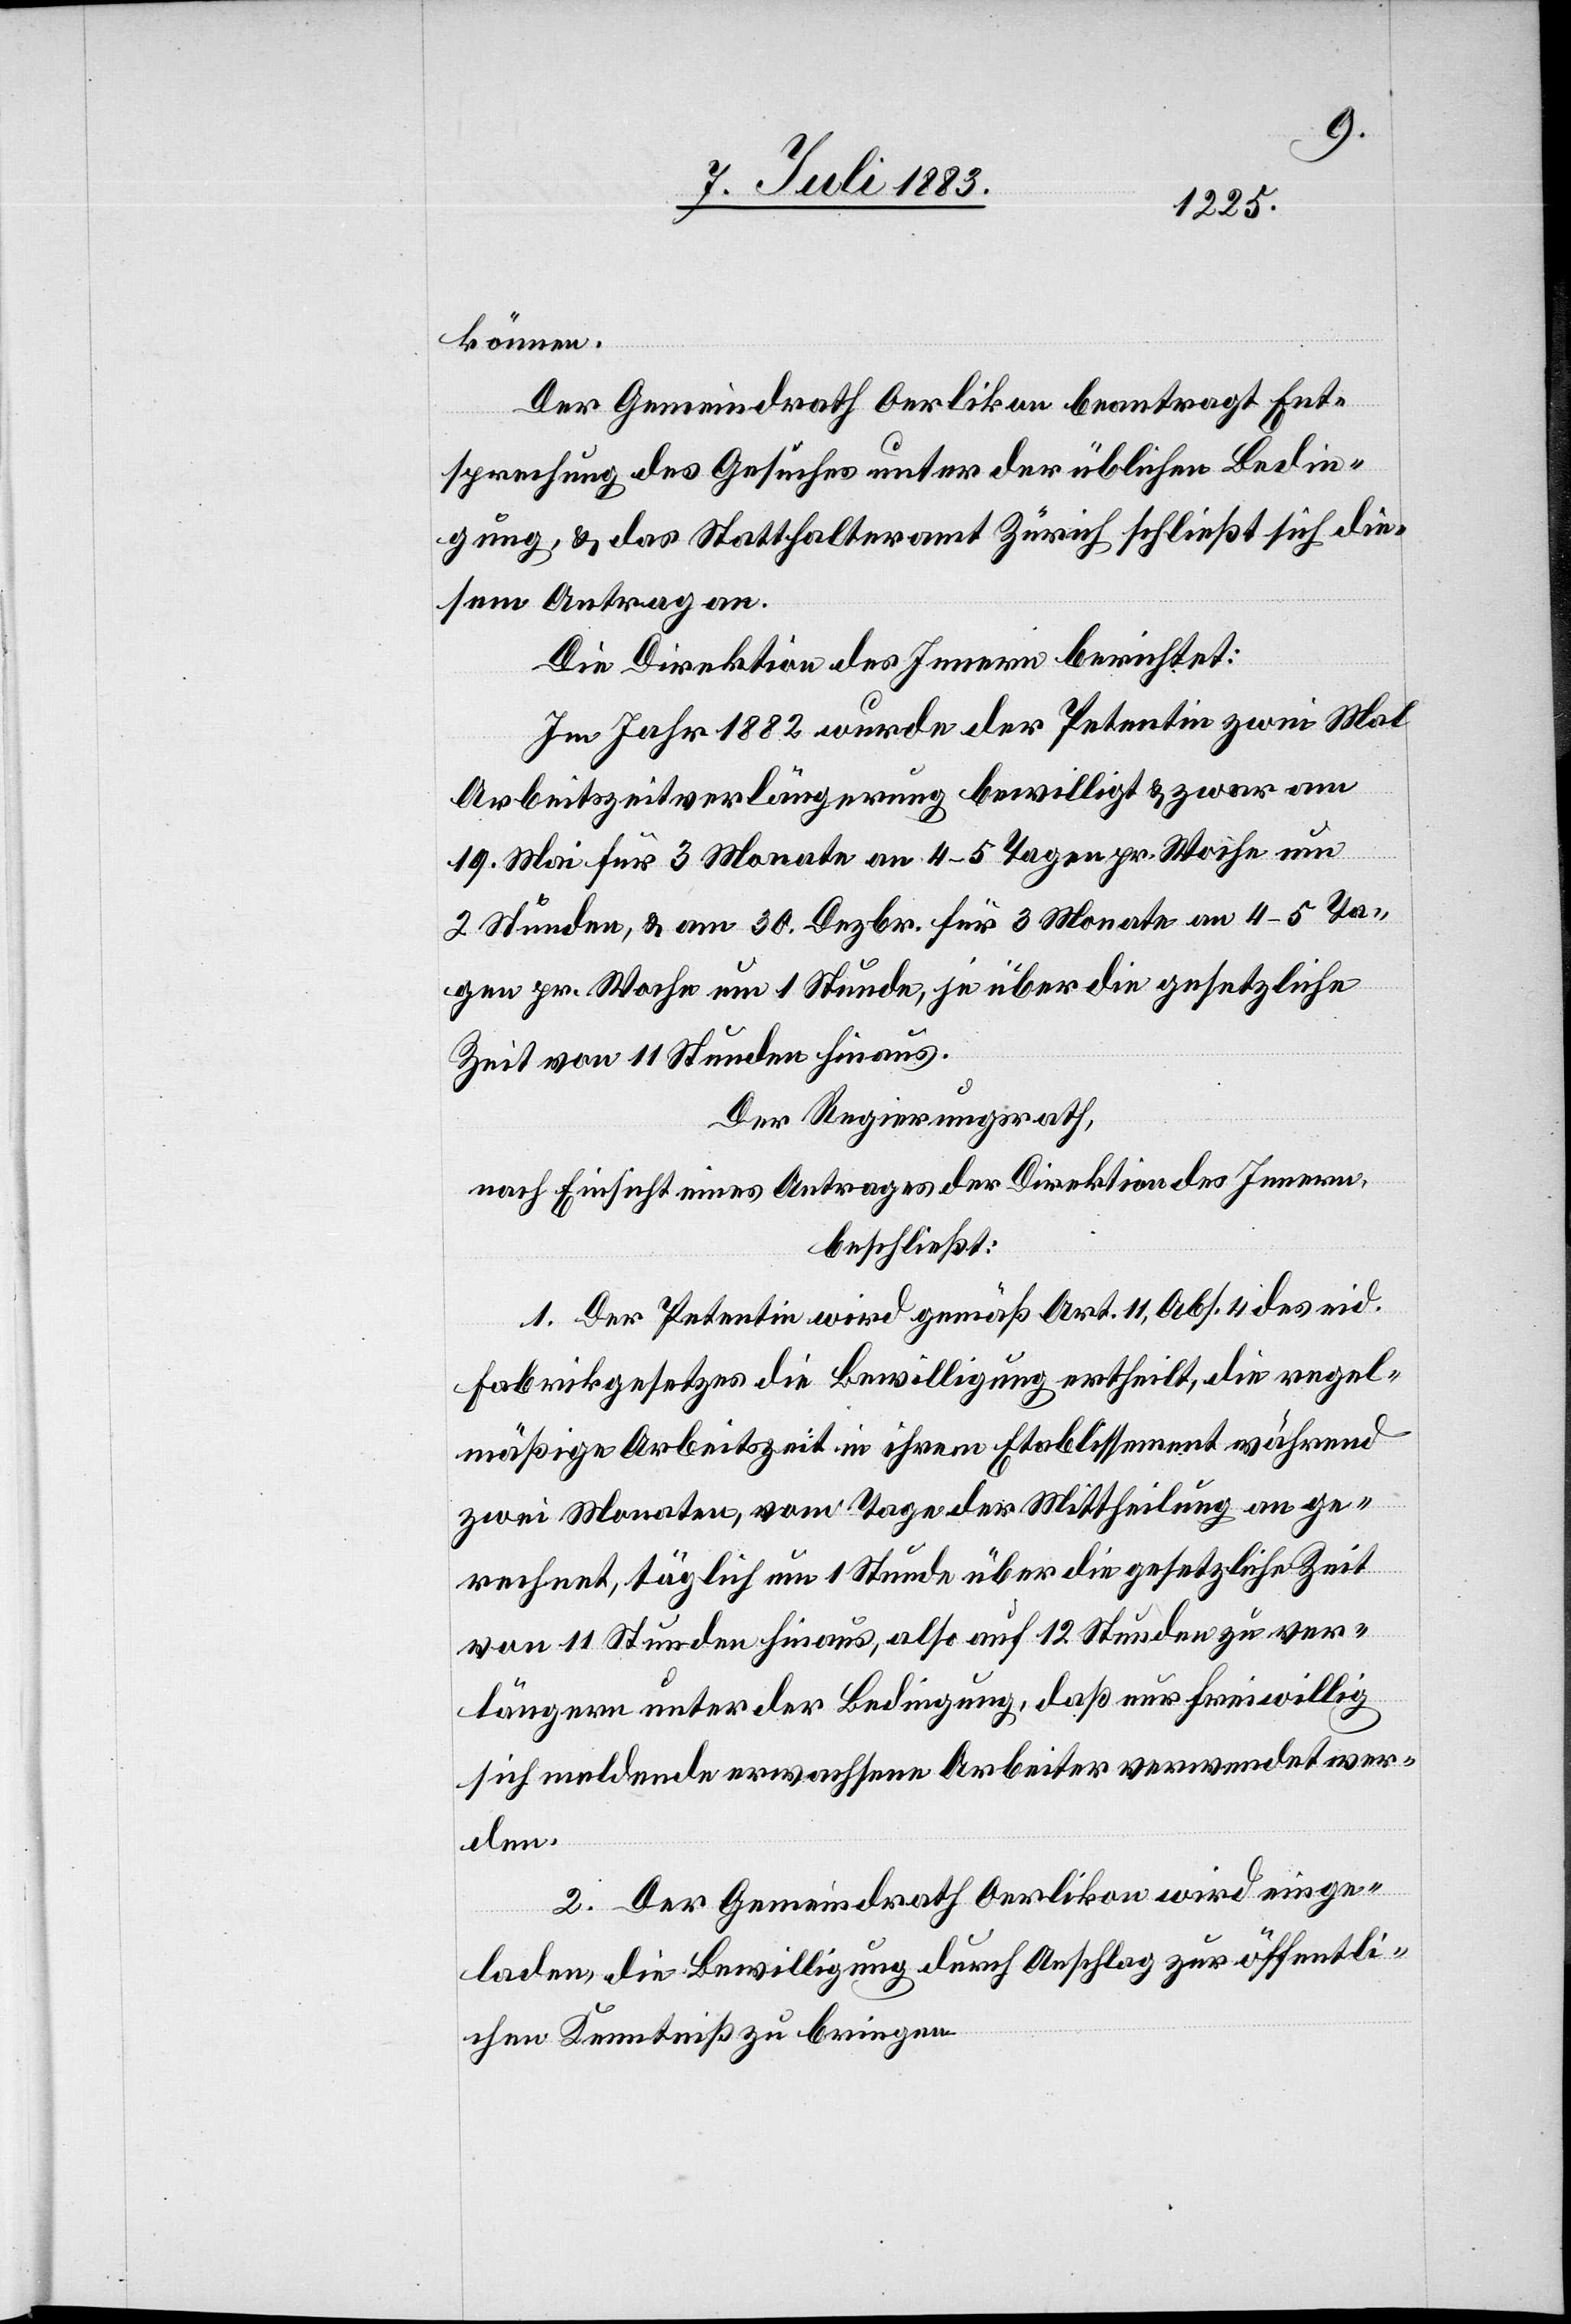
können.
Der Gemeindrath Oerlikon beantragt Ent¬
sprechung des Gesuches unter der üblichen Bedin¬
gung, & das Statthalteramt Zürich schließt sich die¬
sem Antrage an.
Die Direktion des Innern berichtet:
Im Jahr 1882 wurde der Petentin zwei Mal
Arbeitszeitverlängerung bewilligt & zwar am
19. Mai für 3 Monate an 4–5 Tagen pr. Woche um
2 Stunden, & am 30. Dezbr. für 3 Monate an 4–5 Ta¬
gen pr. Woche um 1 Stunde, je über die gesetzliche
Zeit von 11 Stunden hinaus.
Der Regierungsrath,
nach Einsicht eines Antrages der Direktion des Innern,
beschließt:
1. Der Petentin wird gemäß Art. 11, Abs. 4 des eid.
Fabrikgesetzes die Bewilligung ertheilt, die regel¬
mäßige Arbeitszeit in ihrem Etablissement während
zwei Monaten, vom Tage der Mittheilung an ge¬
rechnet, täglich um 1 Stunde über die gesetzliche Zeit
von 11 Stunden hinaus, also auf 12 Stunden zu ver¬
längern, unter der Bedingung, daß nur freiwillig
sich meldende erwachsene Arbeiter verwendet wer¬
den.
2. Der Gemeindrath Oerlikon wird einge¬
laden, die Bewilligung durch Anschlag zur öffentli¬
chen Kenntniß zu bringen.